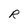
Character: R